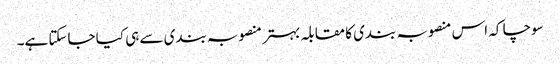
سوچا کہ اس منصوبہ بندی کا مقابلہ بہتر منصوبہ بندی سے ہی کیا جاسکتا ہے۔